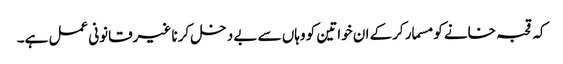
کہ قحبہ خانے کو مسمار کرکے ان خواتین کو وہاں سے بے دخل کرنا غیرقانونی عمل ہے۔